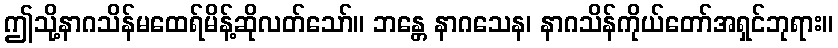
ဤသို့နာဂသိန်မထေရ်မိန့်ဆိုလတ်သော်။ ဘန္တေ နာဂသေန၊ နာဂသိန်ကိုယ်တော်အရှင်ဘုရား။